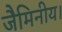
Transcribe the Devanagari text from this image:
जैमिनीय।